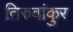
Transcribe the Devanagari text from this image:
तिरुवांकुर